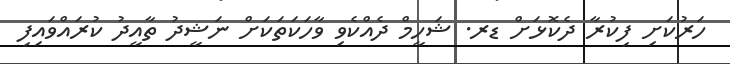
ހަރުކަށި ފިކުރާ ދެކޮޅަށް ޑރ. ޝަހީމް ދެއްކެވި ވާހަކަތަކަށް ނަޝީދު ތާއީދު ކުރައްވައިފި